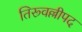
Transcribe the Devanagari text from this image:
तिरूवल्लीपद